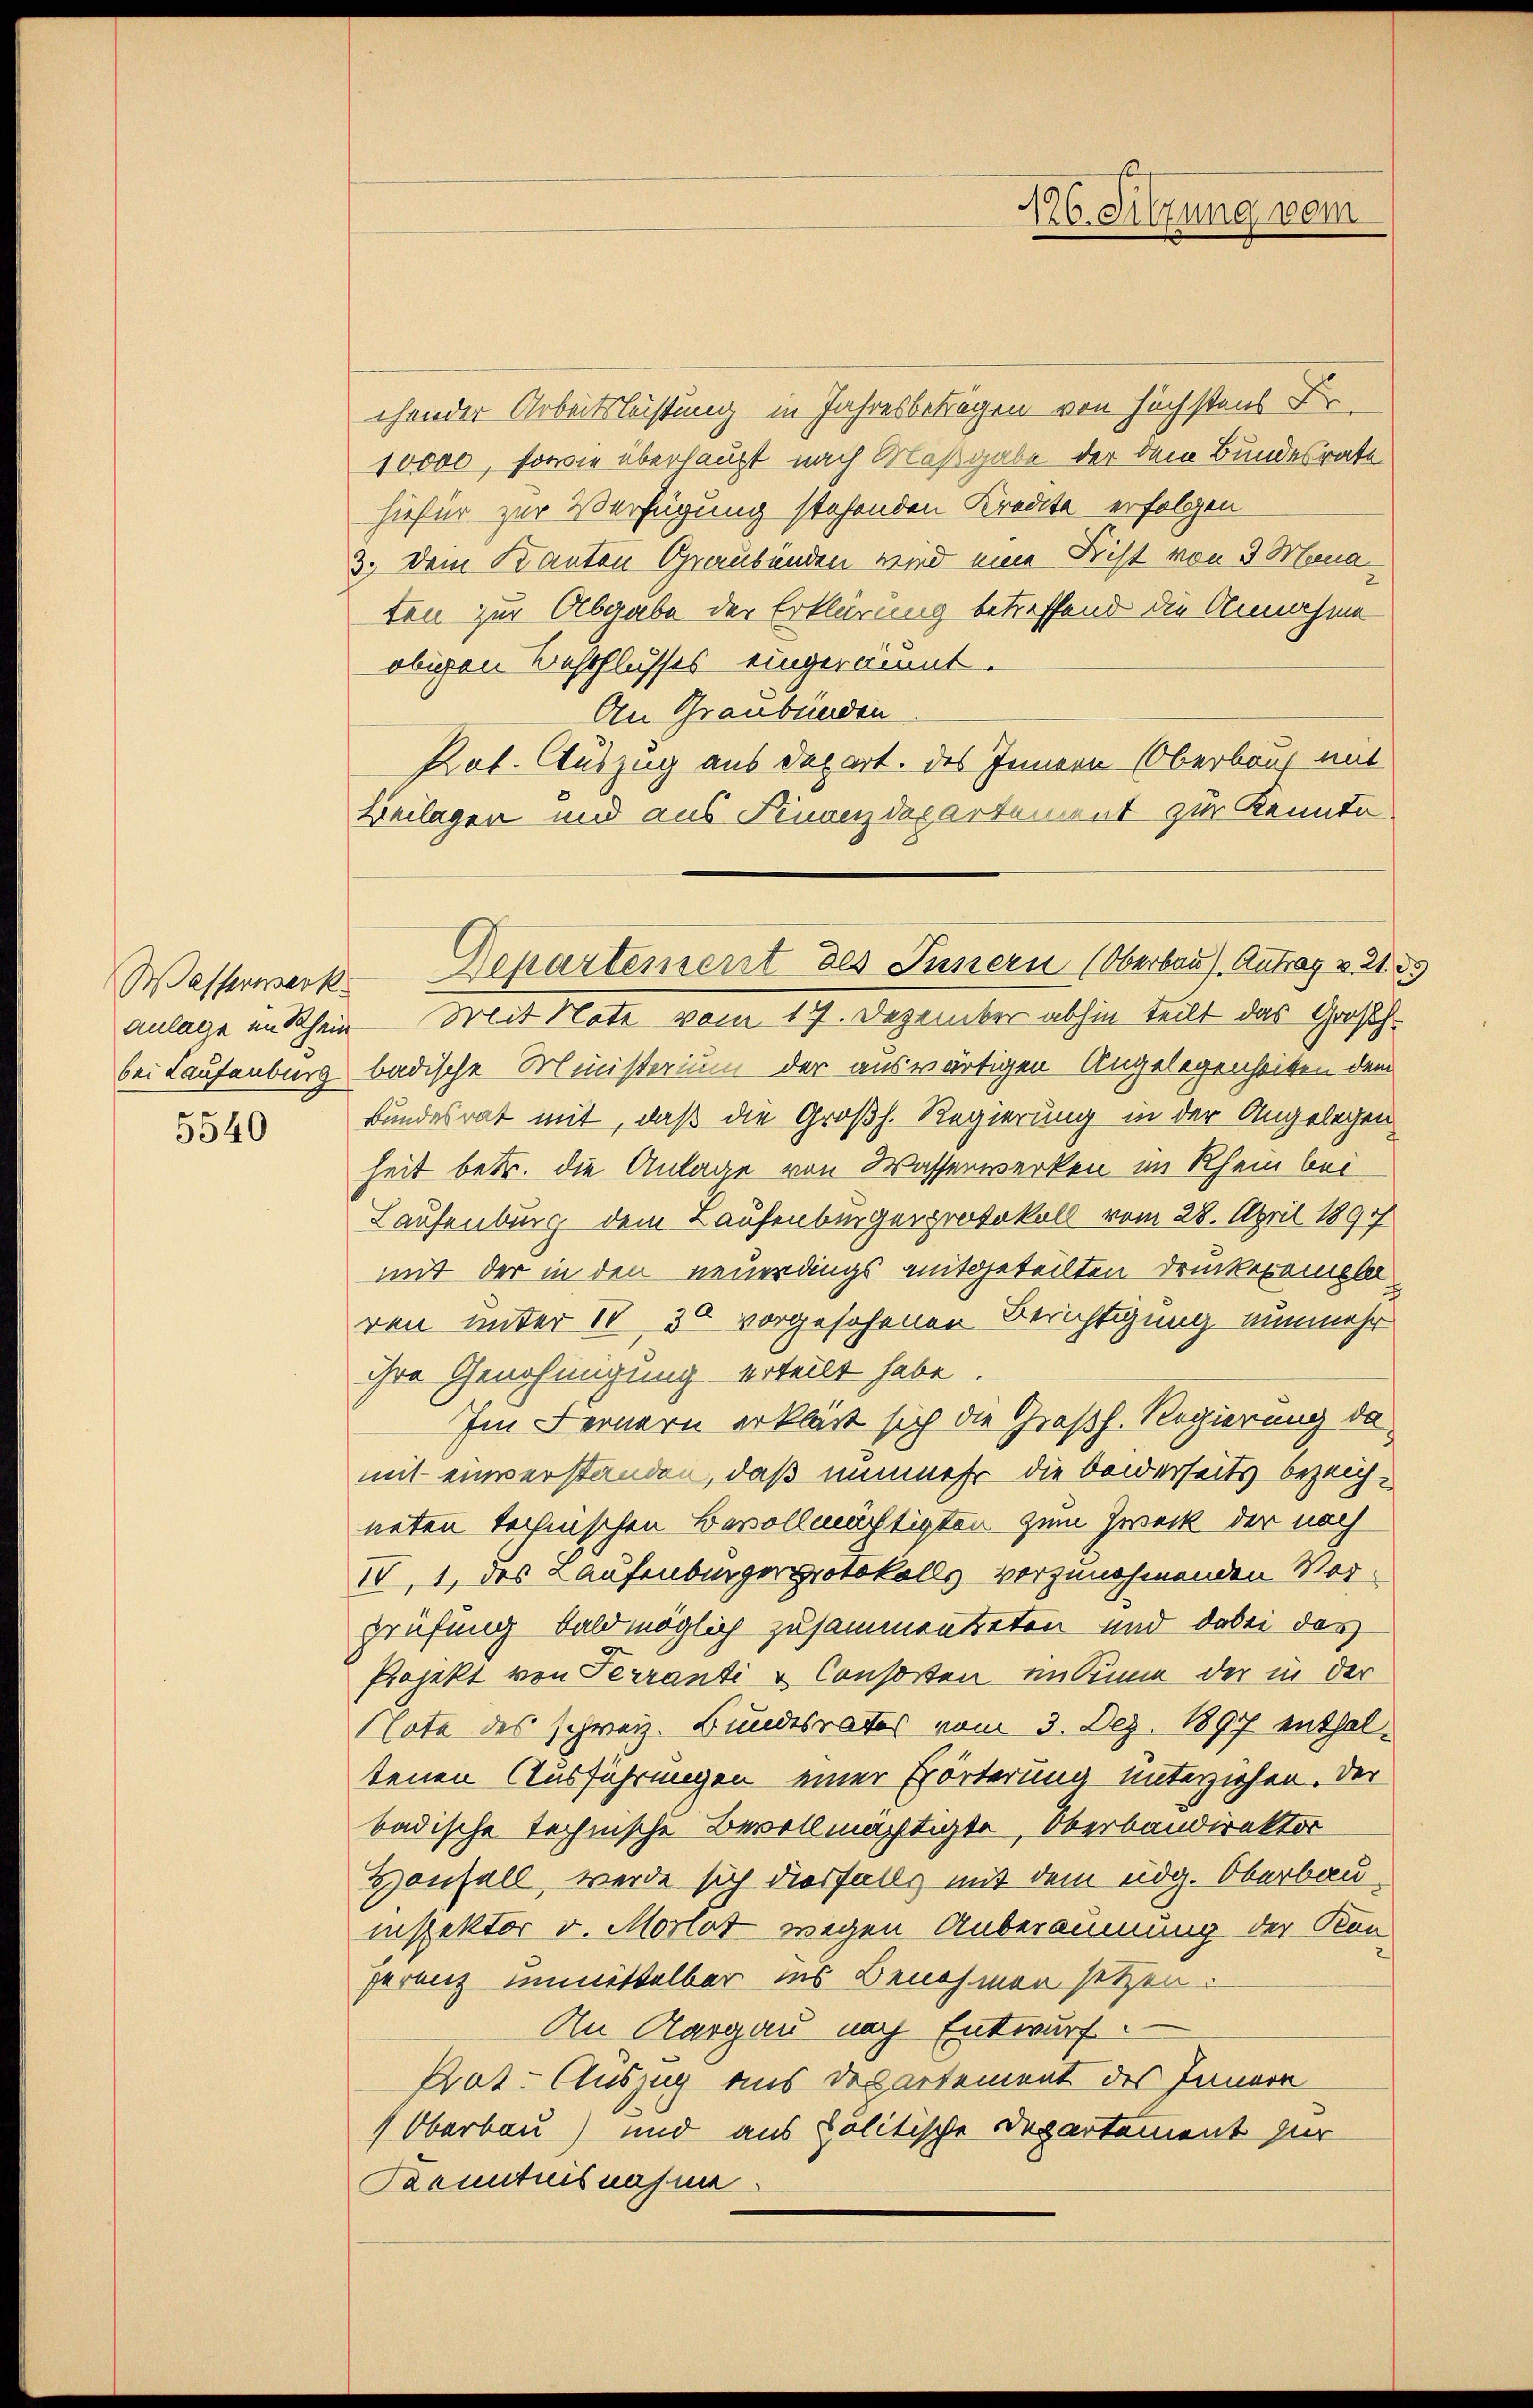
5540

chender Arbeitsleistung in Jahresbeträgen von höchstens Fr
10000, sowie überhaupt nach Maßgabe der dem Bundesrath
hiefür zur Verfügung stehenden Kredite erfolgen
3. Dein Kanton Graubünden wird eine Frist von 3 Mona
ten zur Abgabe der Erklärung betreffend die Annahme
obigen Beschlusses eingeräumt.
An Graubünden
Rat. Auszug aus depart. des Innern (Oberbaus mit
Beilagen und aus Finanzdepartement zur Kennta
anlage in Rhein Mit Note vom 17. Dezember abhin teilt das Großh.
bei Laufenburg badische Ministerium der auswärtigen Angelegenheiten dem
Bundesrat mit, daß die Großh. Regierung in der Angelegen
heit betr. die Anlage von Wasserwerken im Rhein bei
Laufenburg dem Laufenburgerprotokoll vom 28. April 1891/
mit der in den neuerdings mitgeteilten Druckeramela
ren unter IV 30 vorgesehenen Berichtigung nunmehr
ihre Genehmigung erteilt habe.
Im Fernern erklärt sich die Großh. Regierung damit einverstanden, daß nunmehr die beiderseits bezeichneten technischen Bevollmächtigten zum Zweck der noch
IV, 1, des Laufenburgerprotokolls vorzunehmenden Morprüfung bald möglich zusammentreten und dabei das
Projekt von Terranti & Consorten in Sinn der in der
Note des schweiz. Bundesrates vom 3. Dez. 1897 enthaltenen Ausführungen einer Erörterung unterziehen. Der
badische technische Bevollmächtigte, Oberbandirektor
Honfall, werde sich diesfalls mit dem üdg. Oberbauinspektor v. Morlot wegen Anberäumung der Kon-
ferenz unmittelbar ins Benehmen setzen.
An Aargau nach Entwurf.
Kat. Auszug aus Departement des Innern
 Oberbau) und aus politische Departement zur
Taruntnisnahme.

16. Sitzung vom

Wasserner Departement des Innern (Oberbau). Antrag v. 21. 35